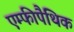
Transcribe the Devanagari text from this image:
एम्फीपैथिक